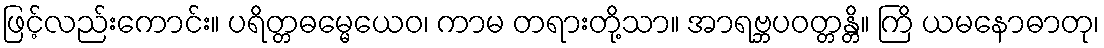
ဖြင့်လည်းကောင်း။ ပရိတ္တဓမ္မေယေဝ၊ ကာမ တရားတို့သာ။ အာရဗ္ဘပဝတ္တန္တိ။ ကြိ ယမနောဓာတု၊